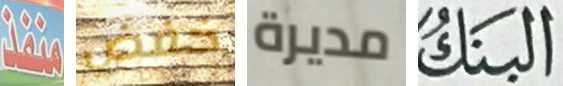
منفذ خفض مديرة البنك